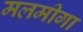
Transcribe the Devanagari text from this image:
मलमीगा